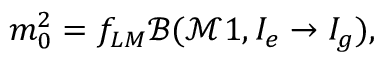
m _ { 0 } ^ { 2 } = f _ { L M } \mathcal { B } ( \mathcal { M } 1 , I _ { e } \to I _ { g } ) ,